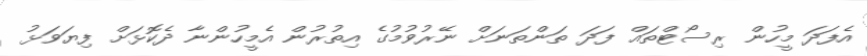
އެފަދަ މީހުން ރިސޯޓްތައް ފަދަ ތަންތަނަށް ނޭރުވުމުގެ އިތުރުން އެމީހުންނާ ދެކޮޅަށް ފިޔަވަޅު